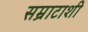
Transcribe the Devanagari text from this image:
सम्राटाशी